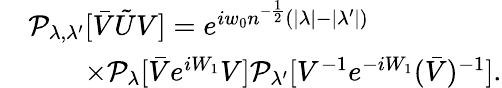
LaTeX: \begin{array}{rl}&{\mathcal{P}_{\lambda,\lambda^{\prime}}[\bar{V}\tilde{U}V]=e^{iw_{0}n^{-\frac 12}(|\lambda|-|\lambda^{\prime}|)}}\\ &{\qquad\times\mathcal{P}_{\lambda}[\bar{V}e^{iW_{1}}V]\mathcal{P}_{\lambda^{\prime}}[V^{-1}e^{-iW_{1}}(\bar{V})^{-1}].}\end{array}